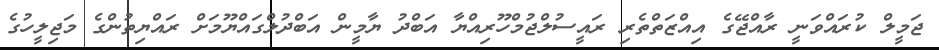
ޖަމީލް ކުރައްވަނީ ރާއްޖޭގެ އިއްޒަތްތެރި ރައީސުލްޖުމްހޫރިއްޔާ އަބްދު ޔާމީން އަބްދުލްގައްޔޫމަށް ރައްޔިތުންގެ މަޖިލީހުގެ